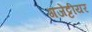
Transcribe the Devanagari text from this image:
गजेट्टीयर